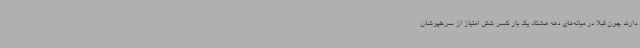
دارند چون قبلا در میانه‌های دهه هشتاد یک بار کسر شش امتیاز از سرخپوشان